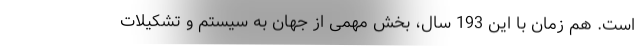
است. هم زمان با این 193 سال، بخشِ مهمی از جهان به سیستم و تشکیلات